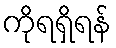
ကိုရရှိရန်